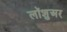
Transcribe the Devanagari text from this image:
लॉशुअर